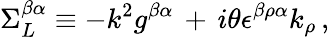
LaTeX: \Sigma_{L}^{\beta\alpha}\equiv-k^{2}g^{\beta\alpha}\, +\, i\theta\epsilon^{\beta\rho\alpha}k_{\rho}\, ,